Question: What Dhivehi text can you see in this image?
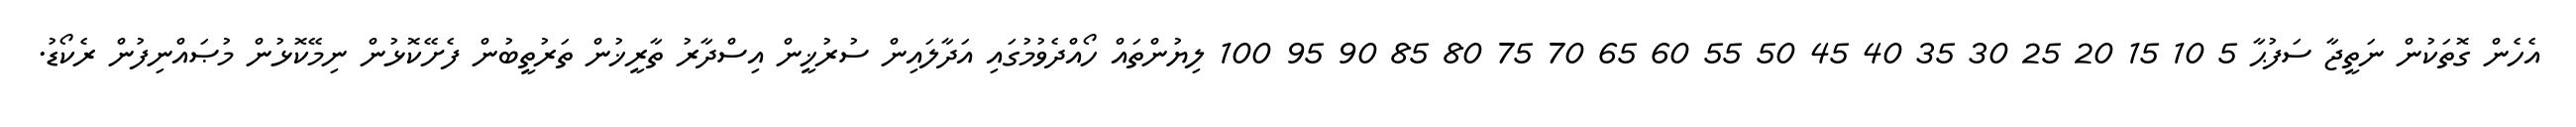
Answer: އެހެން ގޮތަކުން ނަތީޖާ ސަފުޙާ 5 10 15 20 25 30 35 40 45 50 55 60 65 70 75 80 85 90 95 100 ލިޔުންތައް ހޯއްދެވުމުގައި އަދާލައިން ސުރުޚީން އިސްދާރު ތާރީޚުން ތަރުތީބުން ފެށޭކޮޅުން ނިމޭކޮޅުން މުޞައްނިފުން ރެކޯޑު.